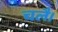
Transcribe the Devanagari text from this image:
चलै।